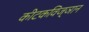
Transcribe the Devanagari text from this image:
कीटकविज्ञान